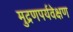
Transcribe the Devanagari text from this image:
मुद्रणपर्यवेक्षण